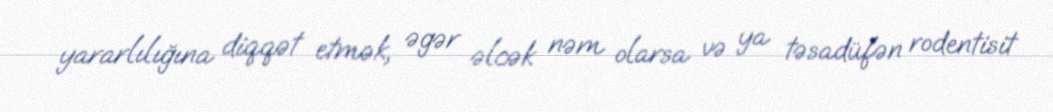
yararlılığına diqqət etmək, əgər əlcək nəm olarsa və ya təsadüfən rodentisit